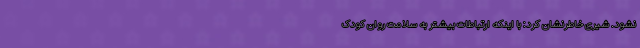
نشود. شیری خاطرنشان کرد: با اینکه ارتباطات بیشتر به سلامت روان کودک